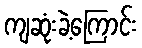
ကျဆုံးခဲ့ကြောင်း